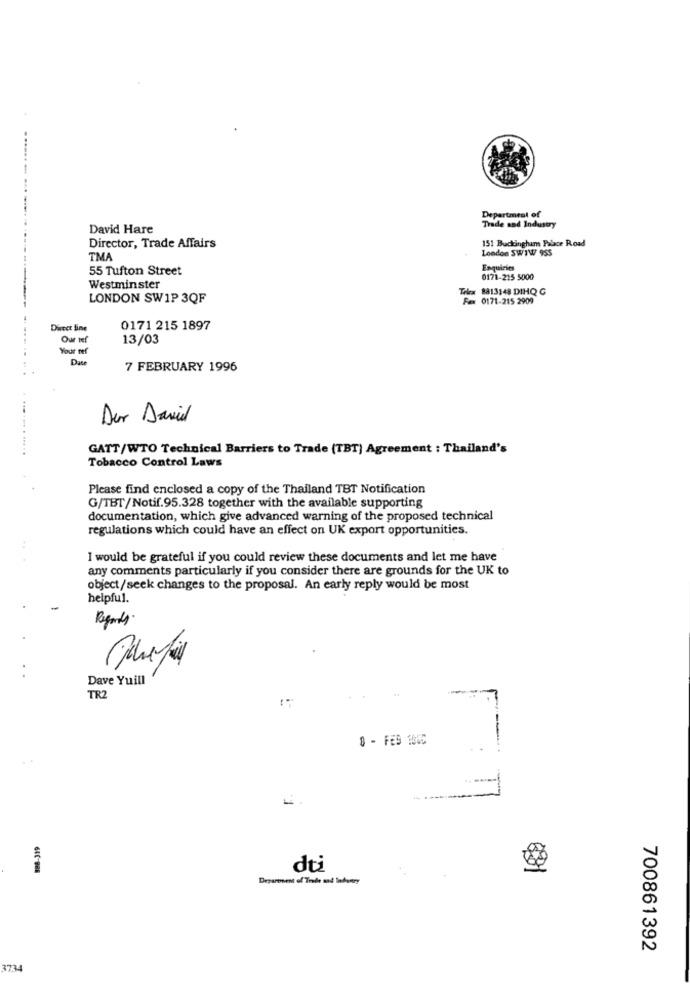
Department of
David Hare
Trade and Industry
151 Buckingham Palace Road
Director, Trade Affairs
London SW1WW 955
TMA
55 Tufton Street
Enquiries
0171-215 5000
Westminster
Telex 8813148 DIHQ G
LONDON SWIP 3QF
Fax 0171-215 2909
Direct line
0171 215 1897
Our tef
13/03
Your ref
Dase
7 FEBRUARY 1996
Der David
GATT/WTO Technical Barriers to Trade (TBT) Agreement : Thailand's
Tobacco Control Laws
Please find enclosed a copy of the Thailand TBT Notification
G/TBT/Notif.95.328 together with the available supporting
documentation, which give advanced warning of the proposed technical
regulations which could have an effect on UK export opportunities.
I would be grateful if you could review these documents and let me have
any comments particularly if you consider there are grounds for the UK to
object/seek changes to the proposal. An early reply would be most
helpful.
Regards.
Dave Yuill
TR2
0 - FEB 1005
.
64C-BR8
du
Department of Trade mad lobuary
700861392
3734